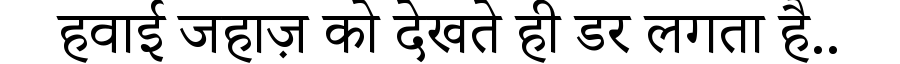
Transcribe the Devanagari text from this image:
हवाई जहाज़ को देखते ही डर लगता है..